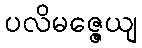
ပလိမဇ္ဇေယျ